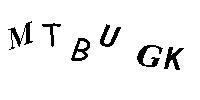
MTBUGK